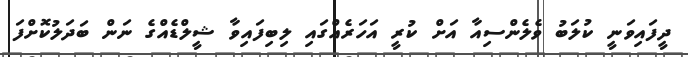
ދީފައިވަނީ ކުލަބު ވެލެންސިއާ އަށް ކުރީ އަހަރެއްގައި ލިބިފައިވާ ޝީލްޑެއްގެ ނަން ބަދަލުކޮށްފަ